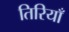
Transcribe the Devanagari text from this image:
तिरियाँ